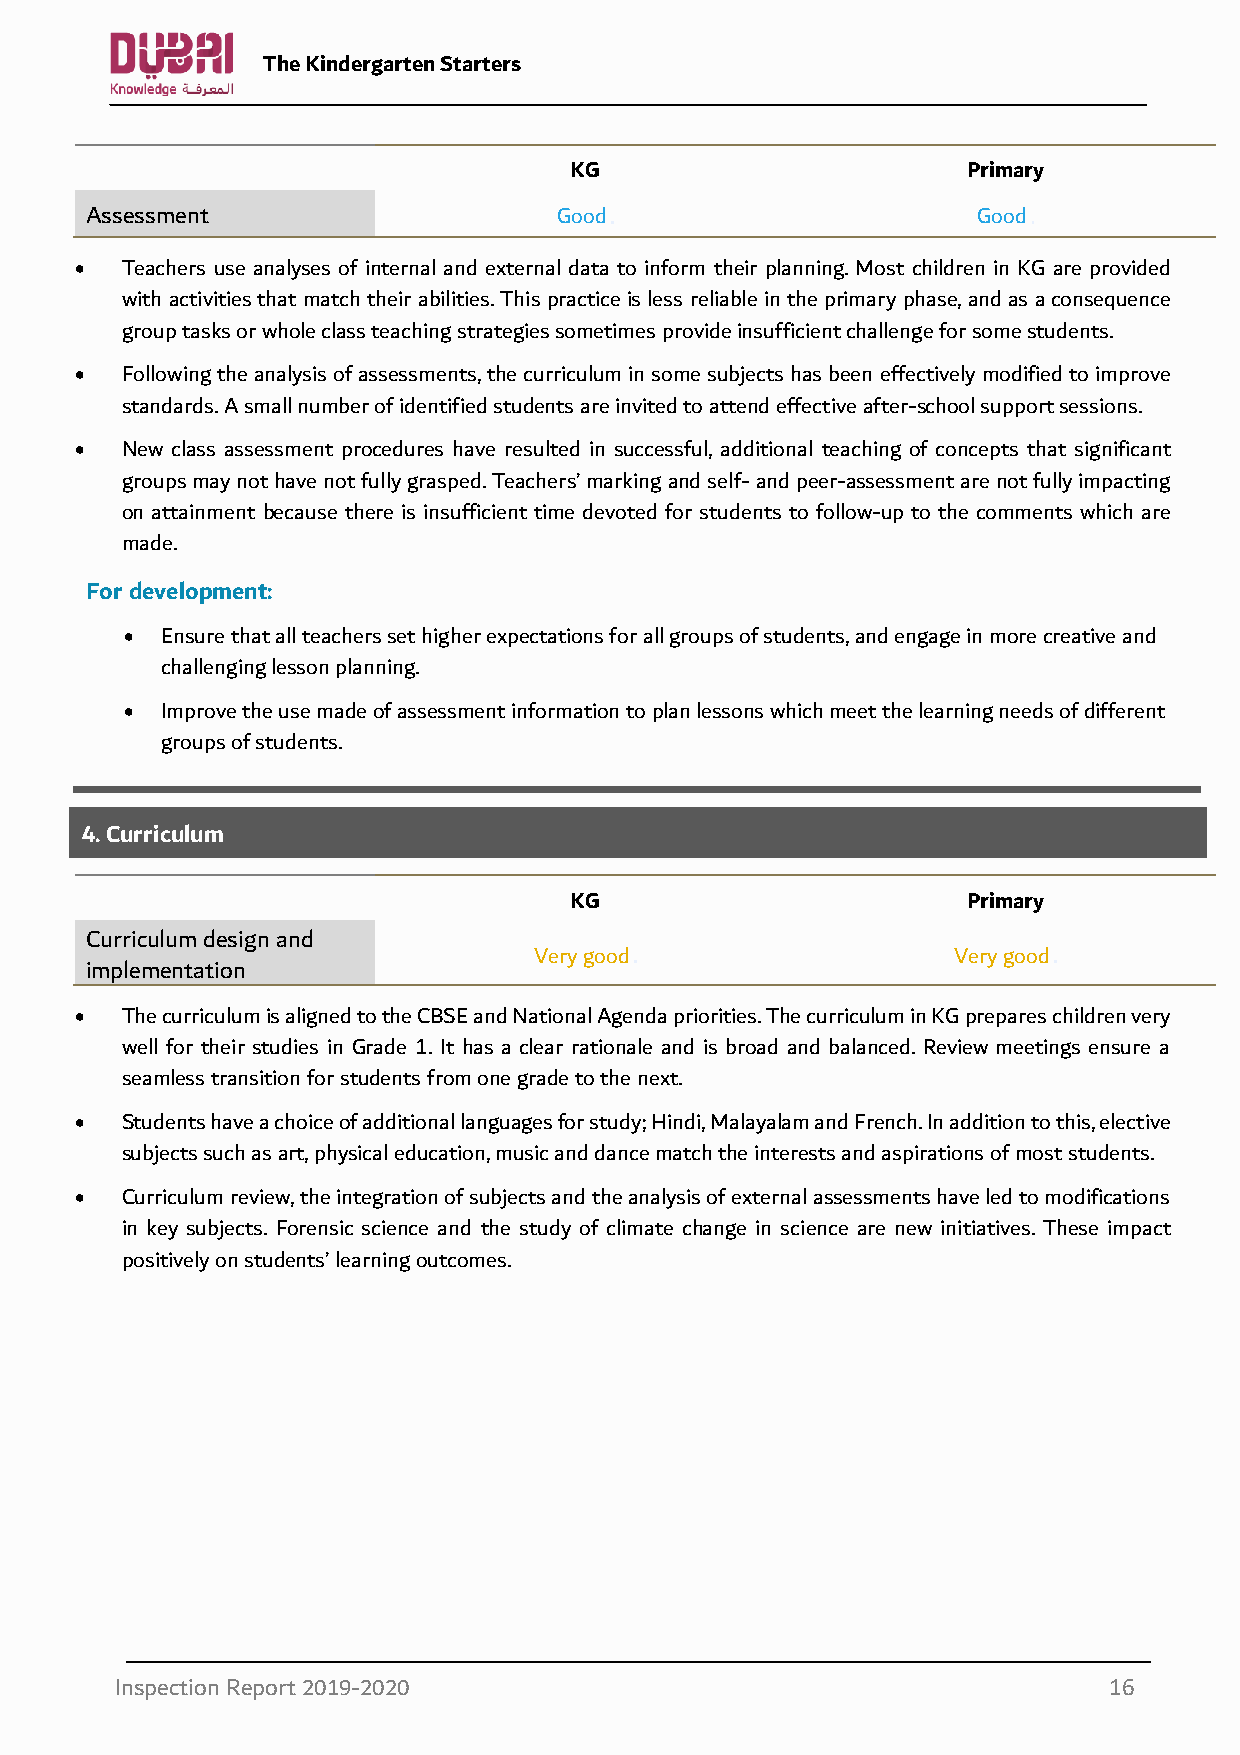
The Kindergarten Starters
 KG                        Primary
 Assessment                     Good                        Good
 •  Teachers use analyses of internal and external data to inform their planning. Most children in KG are provided
 with activities that match their abilities. This practice is less reliable in the primary phase, and as a consequence
 group tasks or whole class teaching strategies sometimes provide insufficient challenge for some students.
 •  Following the analysis of assessments, the curriculum in some subjects has been effectively modified to improve
 standards. A small number of identified students are invited to attend effective after-school support sessions.
 •  New class assessment procedures have resulted in successful, additional teaching of concepts that significant
 groups may not have not fully grasped. Teachers’ marking and self- and peer-assessment are not fully impacting
 on attainment because there is insufficient time devoted for students to follow-up to the comments which are
 made.
 For development:
 •  Ensure that all teachers set higher expectations for all groups of students, and engage in more creative and
 challenging lesson planning.
 •  Improve the use made of assessment information to plan lessons which meet the learning needs of different
 groups of students.
 4. Curriculum
 KG                        Primary
 Curriculum design and
 Very good                   Very good
 implementation
 •  The curriculum is aligned to the CBSE and National Agenda priorities. The curriculum in KG prepares children very
 well for their studies in Grade 1. It has a clear rationale and is broad and balanced. Review meetings ensure a
 seamless transition for students from one grade to the next.
 •  Students have a choice of additional languages for study; Hindi, Malayalam and French. In addition to this, elective
 subjects such as art, physical education, music and dance match the interests and aspirations of most students.
 •  Curriculum review, the integration of subjects and the analysis of external assessments have led to modifications
 in key subjects. Forensic science and the study of climate change in science are new initiatives. These impact
 positively on students’ learning outcomes.
 Inspection Report 2019-2020                                      16